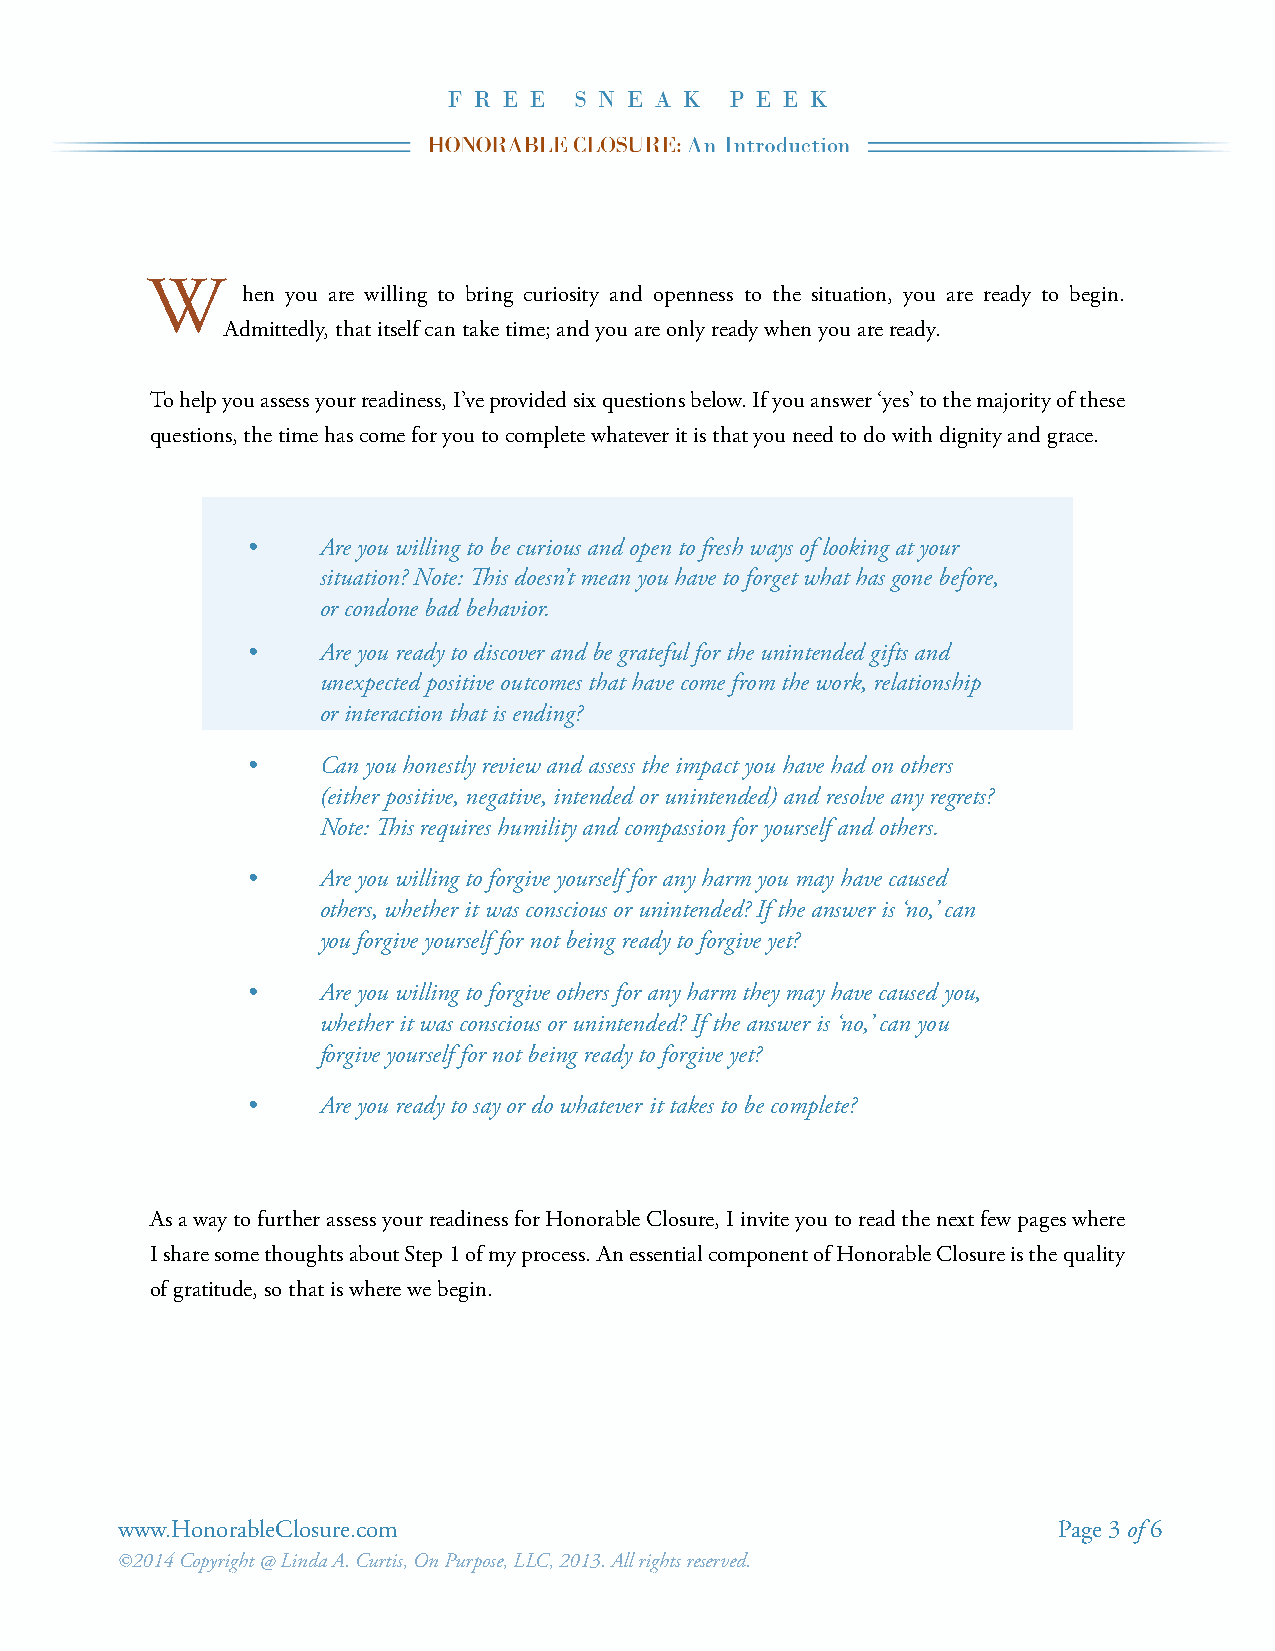
W
 hen you are willing to bring curiosity and openness to the situation, you are ready to begin.
 Admittedly, that itself can take time; and you are only ready when you are ready.
 To help you assess your readiness, I’ve provided six questions below. If you answer ‘yes’ to the majority of these
 questions, the time has come for you to complete whatever it is that you need to do with dignity and grace.
 •    Are you willing to be curious and open to fresh ways of looking at your
 situation? Note: This doesn’t mean you have to forget what has gone before,
 or condone bad behavior.
 •    Are you ready to discover and be grateful for the unintended gifts and
 unexpected positive outcomes that have come from the work, relationship
 or interaction that is ending?
 •    Can you honestly review and assess the impact you have had on others
 (either positive, negative, intended or unintended) and resolve any regrets?
 Note: This requires humility and compassion for yourself and others.
 •    Are you willing to forgive yourself for any harm you may have caused
 others, whether it was conscious or unintended? If the answer is ‘no,’ can
 you forgive yourself for not being ready to forgive yet?
 •    Are you willing to forgive others for any harm they may have caused you,
 whether it was conscious or unintended? If the answer is ‘no,’ can you
 forgive yourself for not being ready to forgive yet?
 •    Are you ready to say or do whatever it takes to be complete?
 As a way to further assess your readiness for Honorable Closure, I invite you to read the next few pages where
 I share some thoughts about Step 1 of my process. An essential component of Honorable Closure is the quality
 of gratitude, so that is where we begin.
 www.HonorableClosure.com                                      Page 3 of 6
 ©2014 Copyright @ Linda A. Curtis, On Purpose, LLC, 2013. All rights reserved.